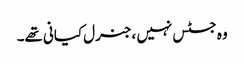
وہ جسٹس نہیں ،جنرل کیانی تھے۔